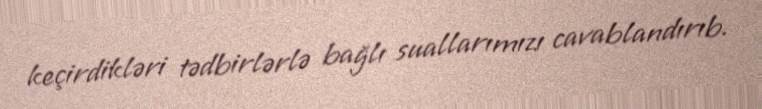
keçirdikləri tədbirlərlə bağlı suallarımızı cavablandırıb.